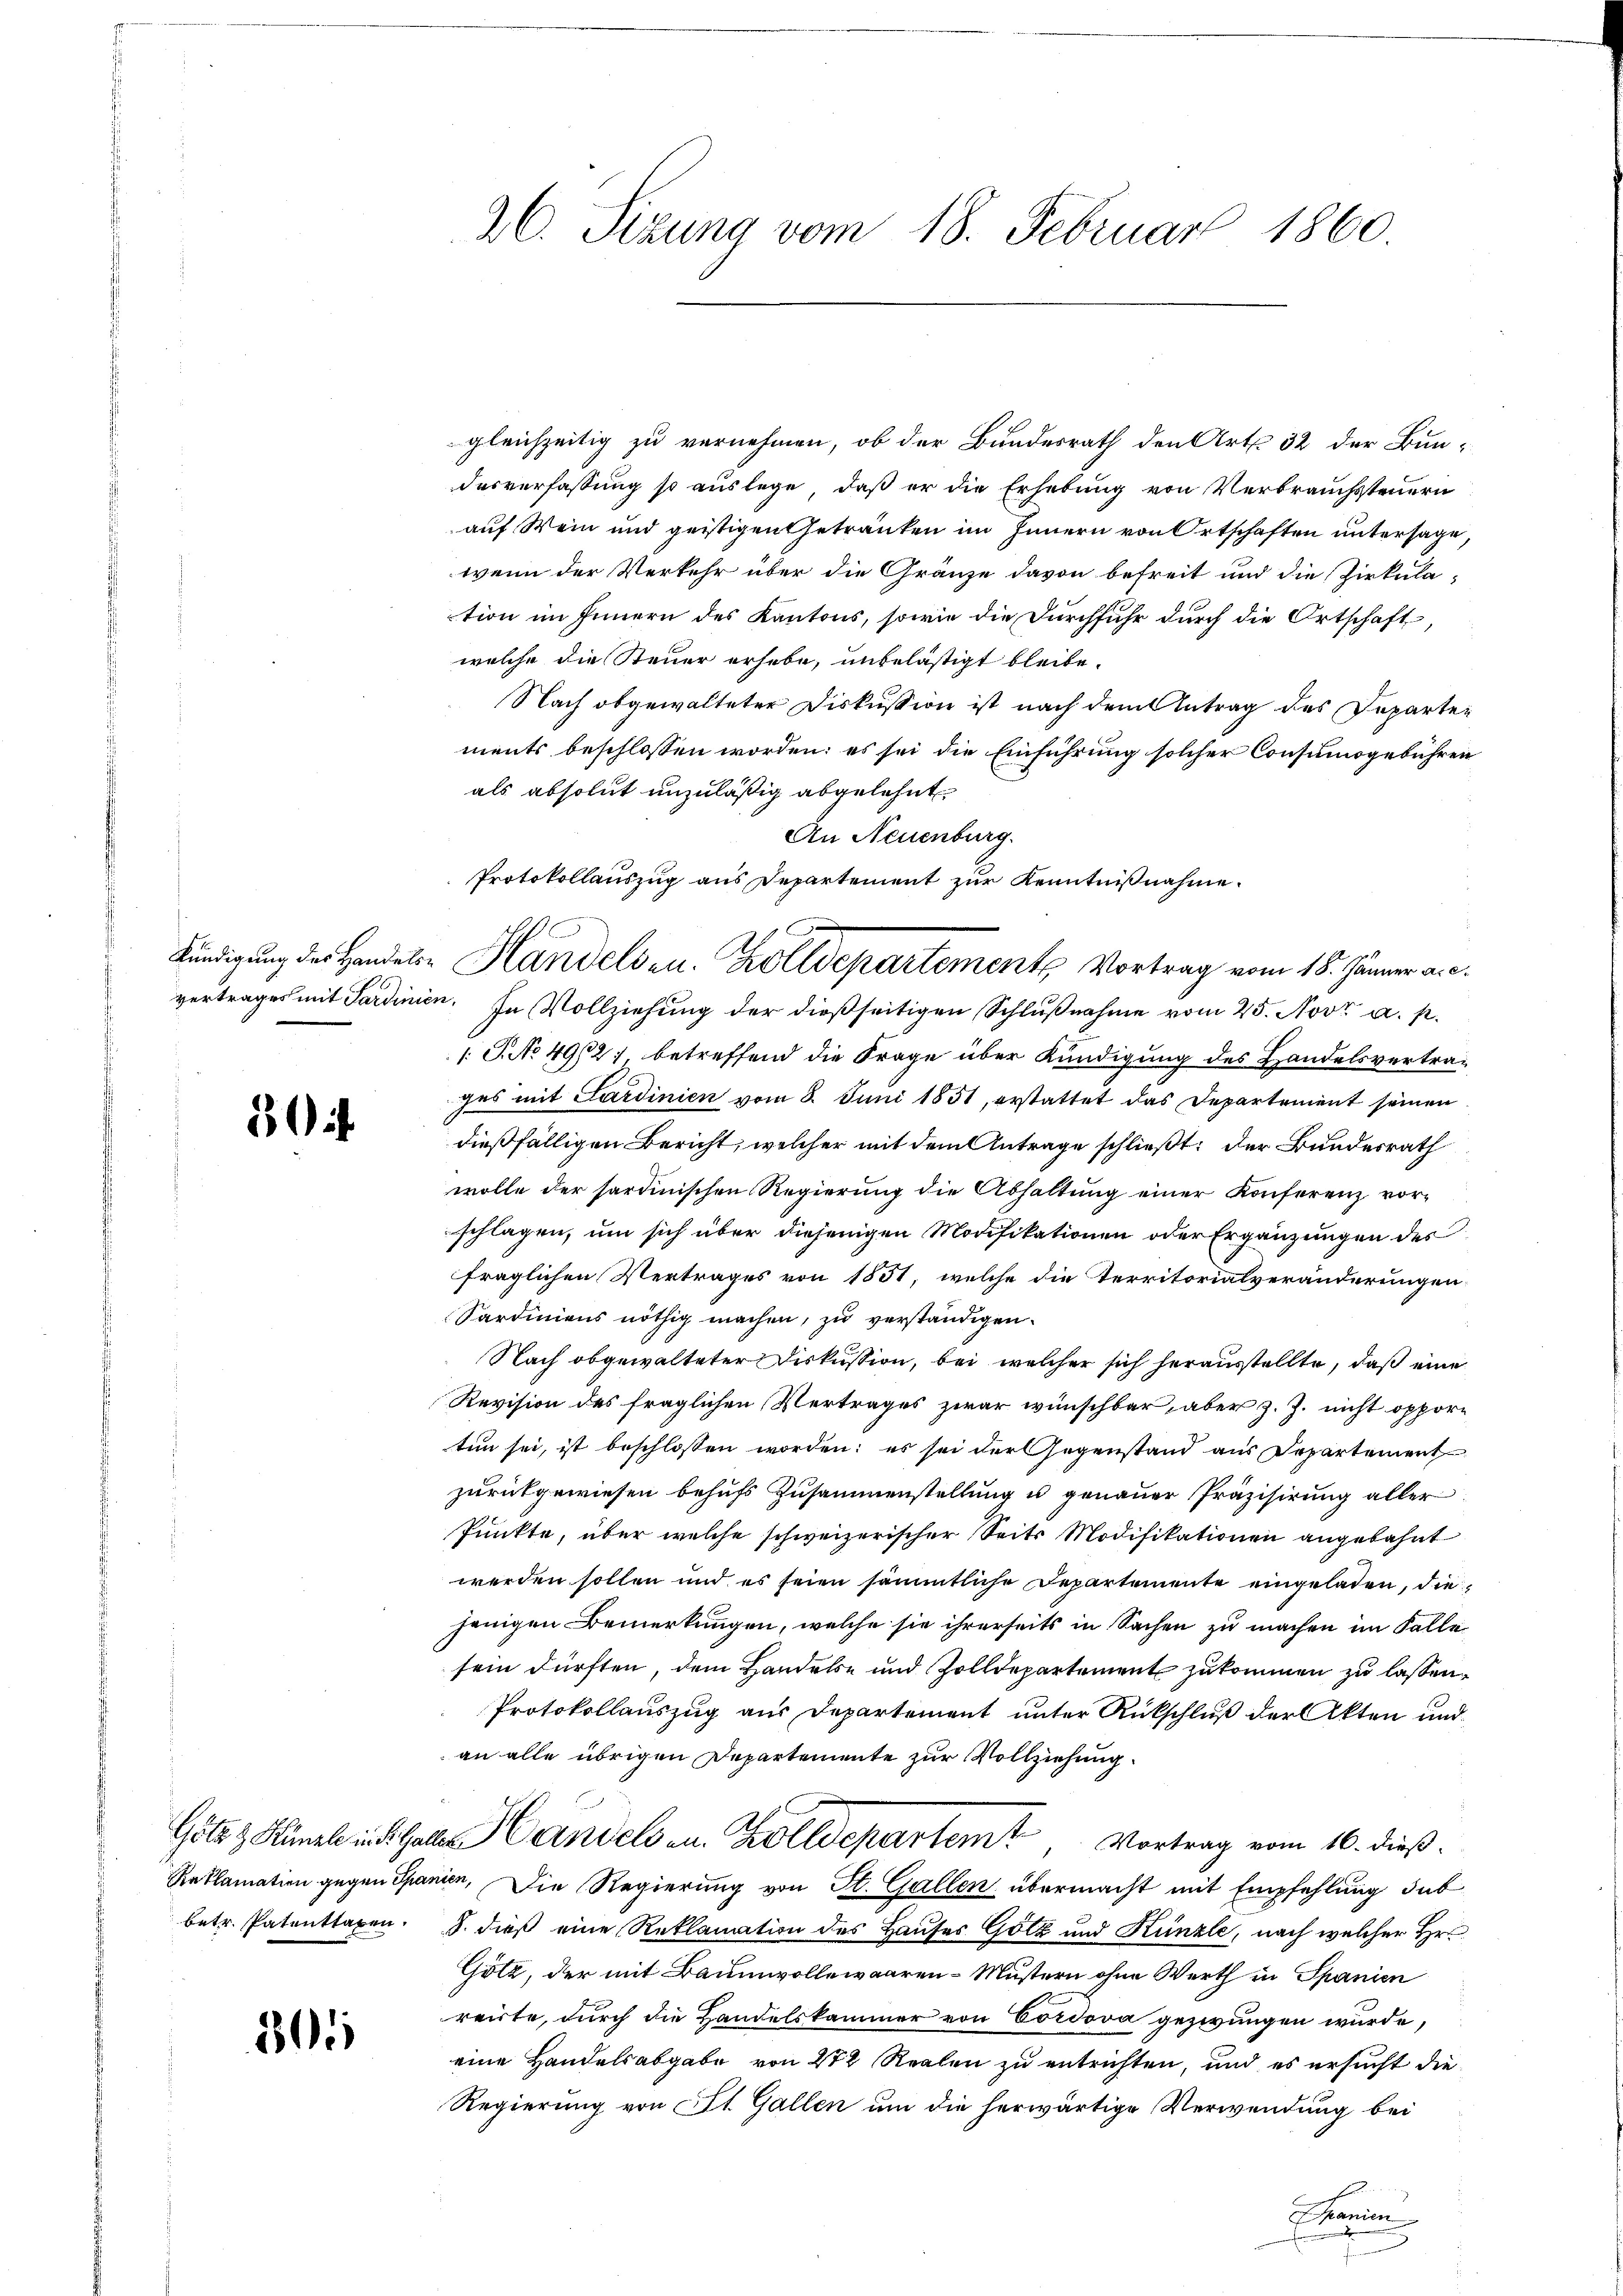
i

betr. Patenttaxen.

20

gleichzeitig zu vernehmen, ob der Bundesrath den Art. 32 der Bundesverfassung so auslege, daß er die Erhebung von Verbrauchsteuern
auf Wein und geistigen Getränken im Innern von Ortschaften untersage,
wenn der Verkehr über die Gränze davon befreit und die Zirkulaction im Innern des Kantons, sowie die Durchfuhr durch die Ortschaft,
welche die Steuer erhebe, unbelästigt bleibe.
Nach obgewalteter Diskussion ist nach dem Antrag des Departen
ments beschlossen worden; es sei die Einführung solcher Consumsgebühren
als absolut unzuläßig abgelehnt
An Neuenburg.
vertrages mit Sardinien. In Vollziehung der dießseitigen Schlußnahme vom 25. Nov. a. p.
1. P. No 492) betreffend die Frage über Kündigung des Handelsvertrages mit Sardinien vom 8. Juni 1851, erstattet das Departement seinen
dießfälligen Bericht, welcher mit dem Antrage schließt: der Bundesrath
wolle der sardinischen Regierung die Abhaltung einer Konferenz vorschlagen, um sich über diejenigen Modifikationen oder Ergänzungen des
fraglichen Vertrages von 1851, welche die Territorialveränderungen
Sardiniens nöthig machen, zu verständigen.
Nach obgewalteter Diskussion, bei welcher sich herausstellte, daß eine
Revision des fraglichen Vertrages zwar wünschbar, aber z. Z. nicht opportun sei, ist beschlossen worden; es sei der Gegenstand aus Departement
zurückgewiesen behufs Zusammenstellung u genauer Präzisirung aller
Punkte, über welche schweizerischer Seits Modifikationen angebahnt
werden sollen und es seien sämmtliche Departemente eingeladen, diejenigen Bemerkungen, welche sie ihrerseits in Sachen zu machen im Falle
sein dürften, dem Handelse und Zolldepartement zukommen zu lassen,
Protokollauszug aus Departement unter Rückschluß der Akten und
an alle übrigen Departemente zur Vollziehung.
Göte & Künzli in Galle Handels au. Zolldepartemt, Vortrag vom 16. dieß.
Reklamation gegen Spanien, Die Regierung von St. Gallen übermacht mit Empfehlung sub
§. dieß eine Reklamation des Hauses Golz und Künzle, nach welcher Hr.
Götz, der mit Baumwollewaaren-Müstern ohne Werth in Spanien
reirte, durch die Handelskammer von Cordova gezwungen würde,
eine Handelsabgabe von 272 Realen zu entrichten, und es ersucht die
Regierung von St. Gallen um die herwärtige Verwendung bei
Panien

26. Sizung vom 18. Februar 1860.

Protokollauszug aus Departement zur Kenntnißnahme.
kündigung des Handels- Handelsen. Zolldepartemente Vortrag vom 18. Jänner a.c.